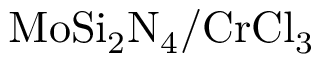
\mathrm { M o S i _ { 2 } N _ { 4 } / C r C l _ { 3 } }